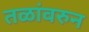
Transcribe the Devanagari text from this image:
तळांवरुन